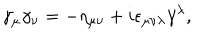
LaTeX: \gamma _ { \mu } \gamma _ { \nu } = - \eta _ { \mu \nu } + i \epsilon _ { \mu \nu \lambda } \gamma ^ { \lambda } ,